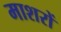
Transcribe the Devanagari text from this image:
माशरों